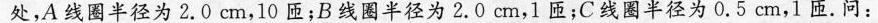
处，A线圈半径为2.0cm，10匝；B线圈半径为2.0cm，1匝；C线圈半径为0.5cm，1匝。问：